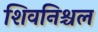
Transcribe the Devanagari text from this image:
शिवनिश्चल